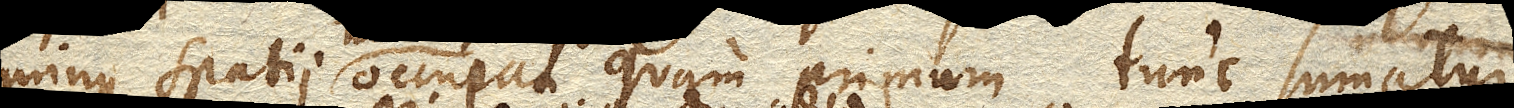
minus spatii occupat quam primum, tunc sumatur